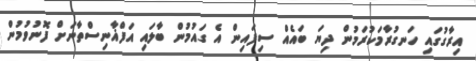
އިރާގުގައި ހަނގުރާމަކުރަމުން ދިޔަ ބައެއް ސިފައިން އެ ގައުމުން ބާލައި އަފްޣާނިސްތާނަށް ފޮނުވުމުން